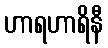
ဟာရဟာရိနီ